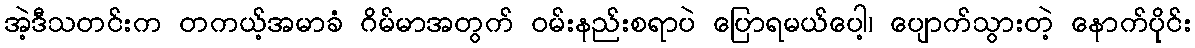
အဲ့ဒီသတင်းက တကယ့်အမာခံ ဂိမ်မာအတွက် ဝမ်းနည်းစရာပဲ ပြောရမယ်ပေါ့၊ ပျောက်သွားတဲ့ နောက်ပိုင်း